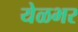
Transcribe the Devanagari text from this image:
येळभर